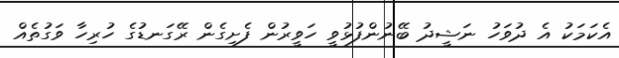
އެކަމަކު އެ ދުވަހު ނަޝީދު ބޭނުންފުޅުވީ ހަވީރުން ފެށިގެން ރޭގަނޑުގެ ހުރިހާ ވަގުތެއް